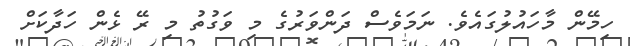
ހިމޭން މާހައުލުގައެވެ. ނަމަވެސް ދަންވަރުގެ މި ވަގުތު މި ރޭ ޅެން ހަދާކަށް